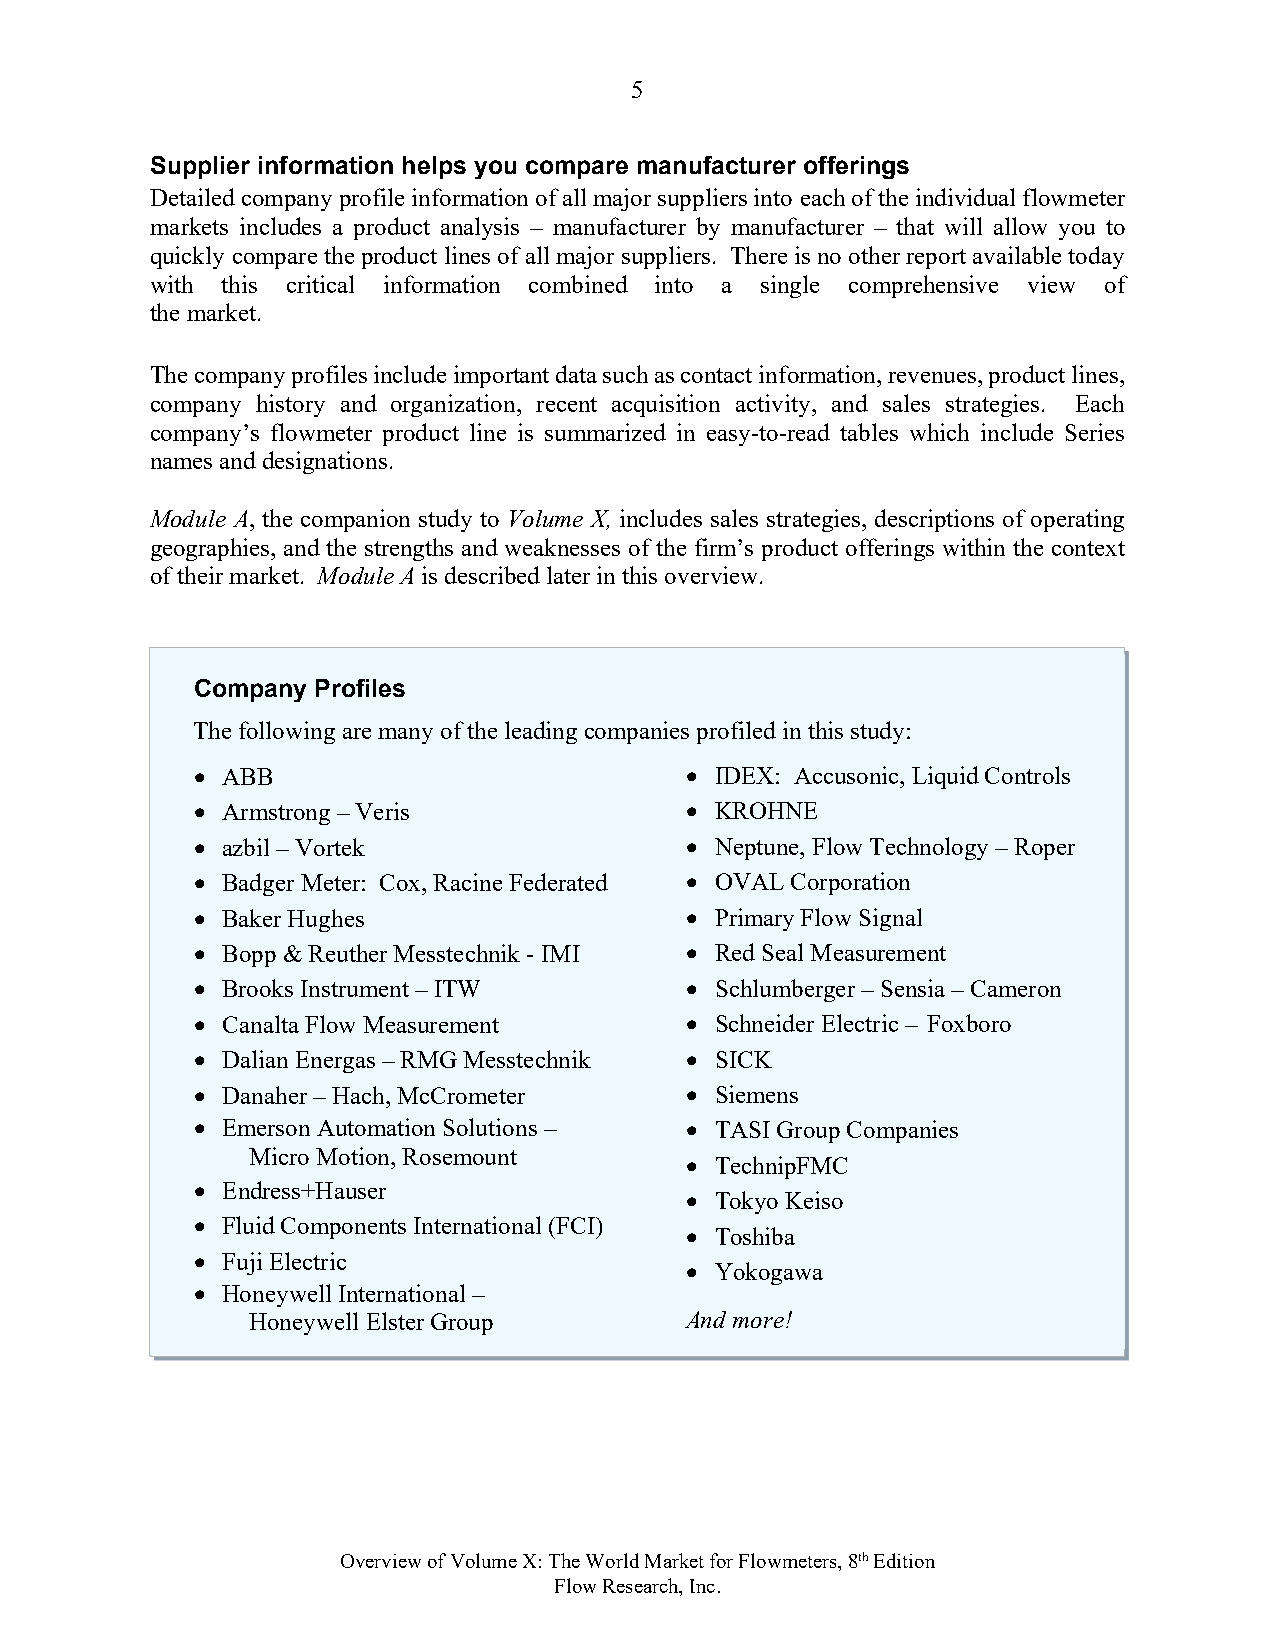
5
 Supplier information helps you compare manufacturer offerings
 Detailed company profile information of all major suppliers into each of the individual flowmeter
 markets includes a product analysis – manufacturer by manufacturer – that will allow you to
 quickly compare the product lines of all major suppliers. There is no other report available today
 with this critical information combined into a single comprehensive view of
 the market.
 The company profiles include important data such as contact information, revenues, product lines,
 company history and organization, recent acquisition activity, and sales strategies. Each
 company’s flowmeter product line is summarized in easy-to-read tables which include Series
 names and designations.
 Module A, the companion study to Volume X, includes sales strategies, descriptions of operating
 geographies, and the strengths and weaknesses of the firm’s product offerings within the context
 of their market. Module A is described later in this overview.
 Company Profiles
 The following are many of the leading companies profiled in this study:
  ABB                            IDEX: Accusonic, Liquid Controls
  Armstrong – Veris              KROHNE
  azbil – Vortek                 Neptune, Flow Technology – Roper
  Badger Meter: Cox, Racine Federated  OVAL Corporation
  Baker Hughes                   Primary Flow Signal
  Bopp & Reuther Messtechnik - IMI  Red Seal Measurement
  Brooks Instrument – ITW        Schlumberger – Sensia – Cameron
  Canalta Flow Measurement       Schneider Electric – Foxboro
  Dalian Energas – RMG Messtechnik  SICK
  Danaher – Hach, McCrometer     Siemens
  Emerson Automation Solutions –  TASI Group Companies
 Micro Motion, Rosemount
  TechnipFMC
  Endress+Hauser
  Tokyo Keiso
  Fluid Components International (FCI)
  Toshiba
  Fuji Electric
  Yokogawa
  Honeywell International –
 Honeywell Elster Group      And more!
 Overview of Volume X: The World Market for Flowmeters, 8th Edition
 Flow Research, Inc.